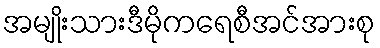
အမျိုးသားဒီမိုကရေစီအင်အားစု